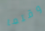
وقتما